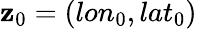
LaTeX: \mathbf{z}_{0}=(lon_{0},lat_{0})